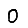
Digit: 0